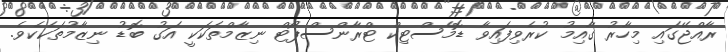
ރާއްޖޭގައި މިހާރު ގާއިމު ކުރެވިފައިވާ ޑޮމެސްޓިކް ޓްރާންސްޕޯޓް ނިޒާމްތަކަކީ އަގު ބޮޑު ނިޒާމުތަކެކެވެ.